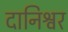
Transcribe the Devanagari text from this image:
दानिश्वर